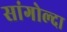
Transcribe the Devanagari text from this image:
सांगोल्दा